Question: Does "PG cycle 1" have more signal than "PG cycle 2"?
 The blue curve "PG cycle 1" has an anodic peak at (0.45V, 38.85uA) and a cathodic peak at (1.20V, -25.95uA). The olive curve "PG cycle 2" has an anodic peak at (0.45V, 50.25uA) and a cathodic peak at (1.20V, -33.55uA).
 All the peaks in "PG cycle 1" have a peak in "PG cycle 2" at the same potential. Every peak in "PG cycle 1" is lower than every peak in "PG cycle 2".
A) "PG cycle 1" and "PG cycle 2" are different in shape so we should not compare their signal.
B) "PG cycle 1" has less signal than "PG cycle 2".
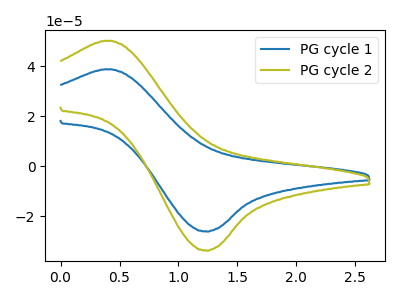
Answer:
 <answer>B) "PG cycle 1" has less signal than "PG cycle 2".</answer>
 <eval>B</eval>